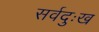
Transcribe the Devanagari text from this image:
सर्वदुःख